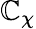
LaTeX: \mathbb{C}_{\chi}